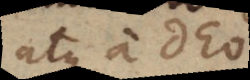
atque a Deo